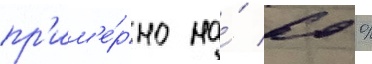
пр'им'е́рно на́ 60 %